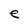
Character: e